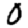
Digit: 0